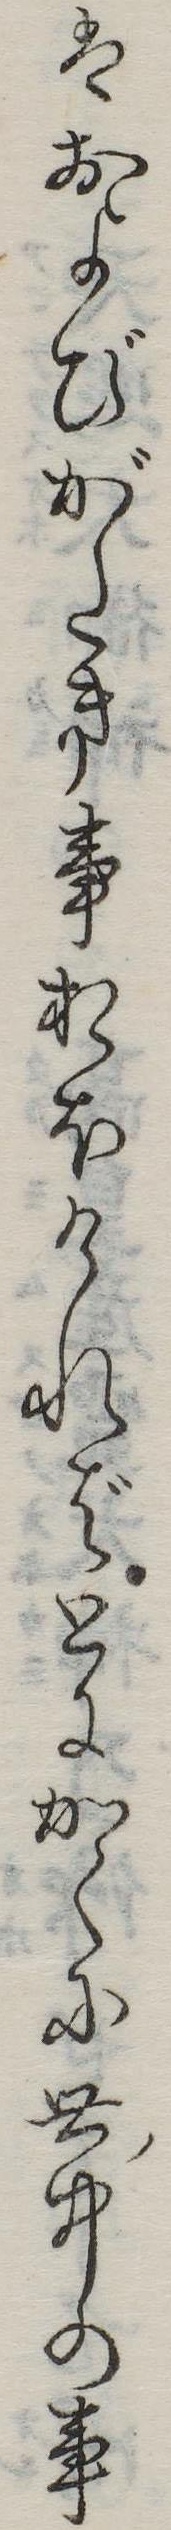
はおよびがたき事おほければとにかくに世中の事